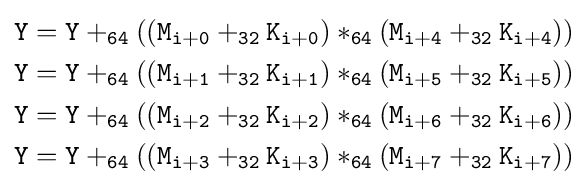
{\begin{aligned}{\mathtt {Y}}&={\mathtt {Y+_{64}((M_{i+0}+_{32}K_{i+0})*_{64}(M_{i+4}+_{32}K_{i+4}))}}\\{\mathtt {Y}}&={\mathtt {Y+_{64}((M_{i+1}+_{32}K_{i+1})*_{64}(M_{i+5}+_{32}K_{i+5}))}}\\{\mathtt {Y}}&={\mathtt {Y+_{64}((M_{i+2}+_{32}K_{i+2})*_{64}(M_{i+6}+_{32}K_{i+6}))}}\\{\mathtt {Y}}&={\mathtt {Y+_{64}((M_{i+3}+_{32}K_{i+3})*_{64}(M_{i+7}+_{32}K_{i+7}))}}\end{aligned}}